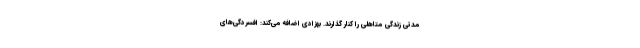
مدتی زندگی متاهلی را کنار گذارند. بهزادی اضافه می‌کند: افسردگی‌های